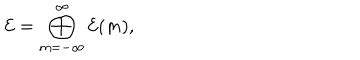
{ \cal E } = \bigoplus _ { m = - \infty } ^ { \infty } { \cal E } ( m ) ,